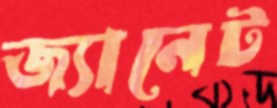
জ্যানেট